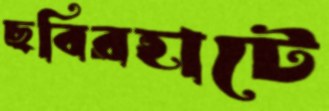
ছবিরহাটে